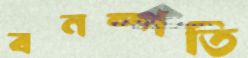
বনষ্পতি